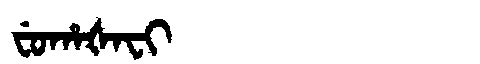
Manchu: ᠸᡠᡥᠠᡧᠠᠸᡳ
Romanization: FUHAŠAFI